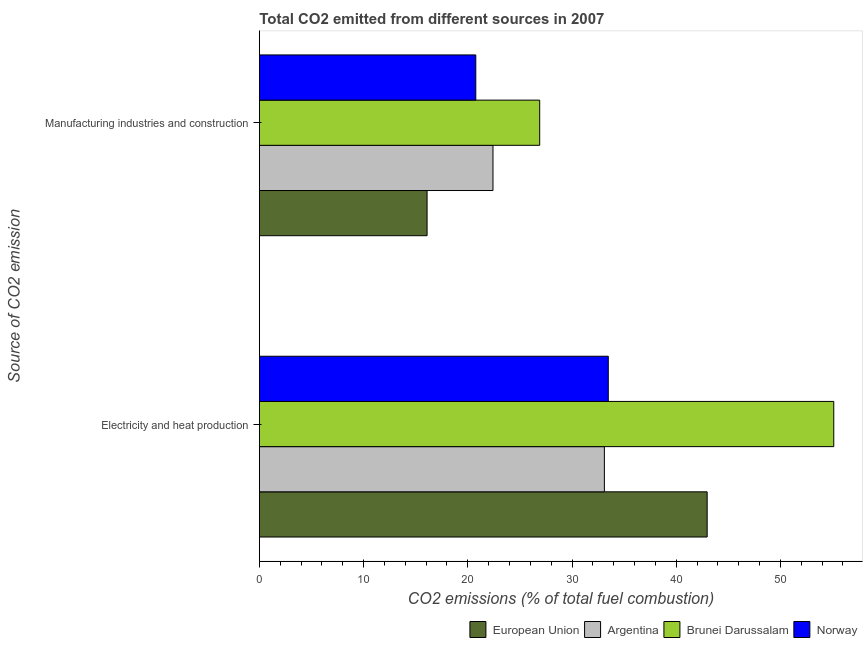
| Source of CO2 emission | European Union | Argentina | Brunei Darussalam | Norway |
 | --- | --- | --- | --- | --- |
 | Electricity and heat production | 43 | 33.1 | 55.1 | 33.5 |
 | Manufacturing industries and construction | 16.1 | 22.4 | 26.9 | 20.8 |